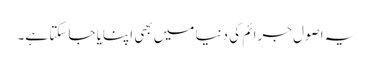
یہ اصول جرائم کی دنیا میں بھی اپنایا جا سکتا ہے۔